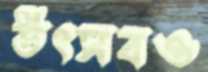
উৎসবও